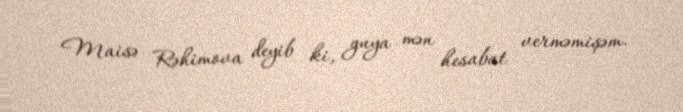
Maisə Rəhimova deyib ki, guya mən hesabat verməmişəm.